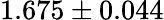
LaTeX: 1.675\pm 0.044